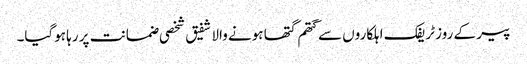
پیر کے روز ٹریفک اہلکاروں سے گتھم گتھا ہونے والا شفیق شخصی ضمانت پر رہا ہوگیا۔